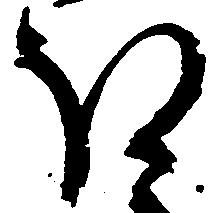
ほ